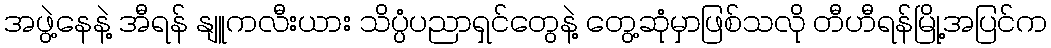
အဖွဲ့နေနဲ့ အီရန် နျူကလီးယား သိပ္ပံပညာရှင်တွေနဲ့ တွေ့ဆုံမှာဖြစ်သလို တီဟီရန်မြို့အပြင်က